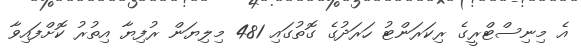
އެ މިނިސްޓްރީގެ ރިކަރަންޓު ހަރަދުގެ ގޮތުގައި 481 މިލިޔަން ރުފިޔާ އިތުރު ކޮށްފައިވާ